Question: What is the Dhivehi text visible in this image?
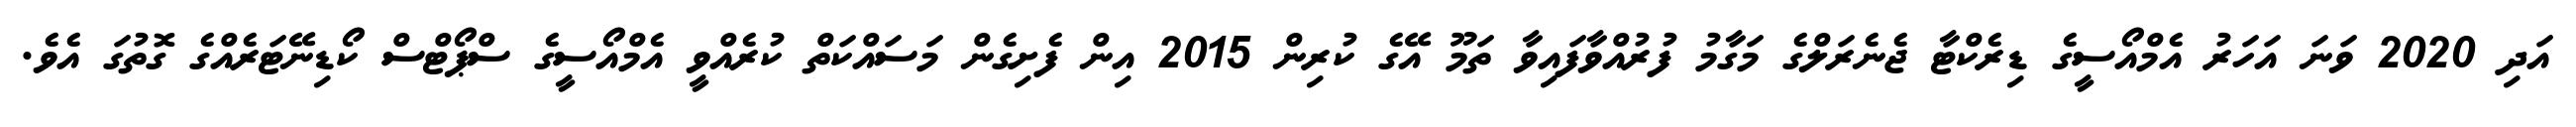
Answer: އަދި 2020 ވަނަ އަހަރު އެމްއޯސީގެ ޑިރެކްޓާ ޖެނެރަލްގެ މަގާމު ފުރުއްވާފައިވާ ތަމޫ އޭގެ ކުރިން 2015 އިން ފެށިގެން މަސައްކަތް ކުރެއްވީ އެމްއޯސީގެ ސްޕޯޓްސް ކޯޑިނޭޓަރެއްގެ ގޮތުގަ އެވެ.